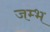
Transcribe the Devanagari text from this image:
जम्भ